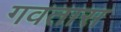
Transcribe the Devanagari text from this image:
गवतास